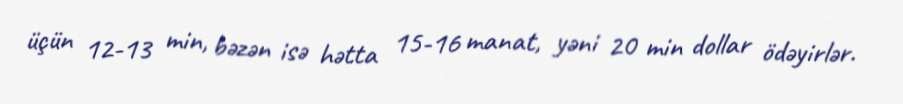
üçün 12-13 min, bəzən isə hətta 15-16 manat, yəni 20 min dollar ödəyirlər.